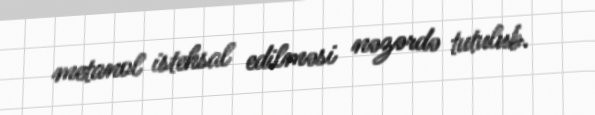
metanol istehsal edilməsi nəzərdə tutulub.